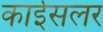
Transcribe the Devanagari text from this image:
काईसलर